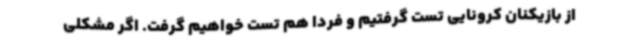
از بازیکنان کرونایی تست گرفتیم و فردا هم تست خواهیم گرفت. اگر مشکلی